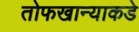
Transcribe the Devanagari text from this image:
तोफखान्याकडे